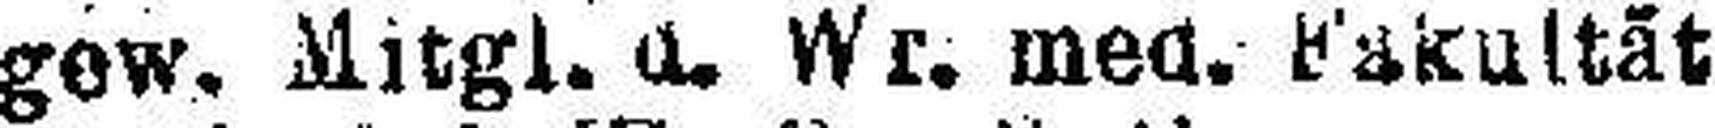
gew. Mitgl. u. Wr. med. Fakultät